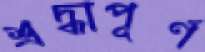
শ্রদ্ধাপূর্ণ